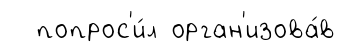
попрос'и́л орган'изова́в